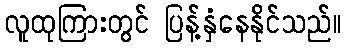
လူထုကြားတွင် ပြန့်နှံနေနိုင်သည်။